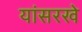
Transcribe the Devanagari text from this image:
यांसरखे